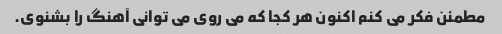
مطمئن فکر می کنم اکنون هر کجا که می روی می توانی آهنگ را بشنوی.